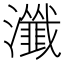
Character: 瀸